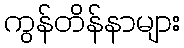
ကွန်တိန်နာများ